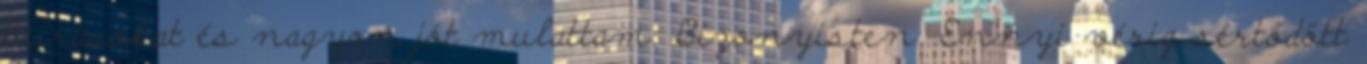
beírásokat és nagyon jót mulattam. Bizonyisten. Ennyi vérig sértődött